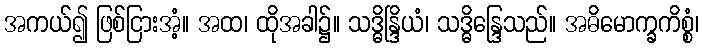
အကယ်၍ ဖြစ်ငြားအံ့။ အထ၊ ထိုအခါ၌။ သဒ္ဓိန္ဒြိယံ၊ သဒ္ဓိန္ဒြေသည်။ အဓိမောက္ခကိစ္စံ၊